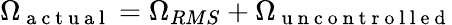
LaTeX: \Omega_{\mathrm{~a~c~t~u~a~l~}}=\Omega_{RMS}+\Omega_{\mathrm{~u~n~c~o~n~t~r~o~l~l~e~d~}}